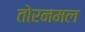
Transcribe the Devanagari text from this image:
तोरनमल